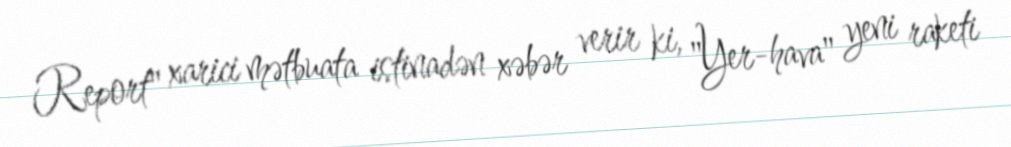
Report" xarici mətbuata istinadən xəbər verir ki, "Yer-hava" yeni raketi